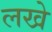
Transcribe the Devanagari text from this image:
लखे